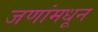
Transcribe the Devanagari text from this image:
जणांमधून